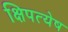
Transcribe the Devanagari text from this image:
क्षिपत्येष